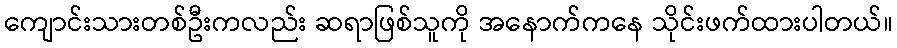
ကျောင်းသားတစ်ဦးကလည်း ဆရာဖြစ်သူကို အနောက်ကနေ သိုင်းဖက်ထားပါတယ်။